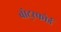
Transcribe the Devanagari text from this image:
बोट्स्फोर्ड